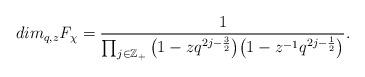
LaTeX: \begin{align*}dim_{q,z} \mathit{F_{\chi}}= \frac{1}{\prod_{j\in \mathbb{Z}_{+}} \big(1-zq^{2j- \frac{3}{2}}\big) \big(1-z^{-1}q^{2j- \frac{1}{2}}\big)}.\end{align*}